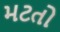
મટતો